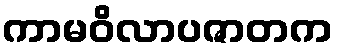
ကာမဝိလာပဇာတက